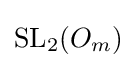
\mathrm {SL} _{2}(O_{m})